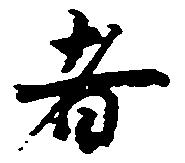
者